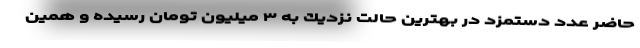
حاضر عدد دستمزد در بهترين حالت نزديك به ۳ ميليون تومان رسيده و همين